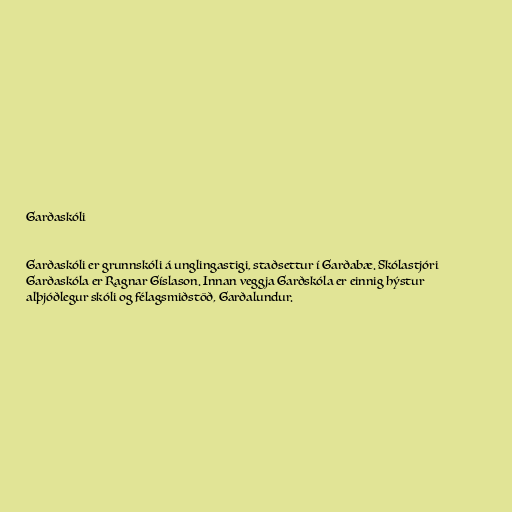
Garðaskóli

Garðaskóli er grunnskóli á unglingastigi, staðsettur í Garðabæ. Skólastjóri
Garðaskóla er Ragnar Gíslason. Innan veggja Garðskóla er einnig hýstur
alþjóðlegur skóli og félagsmiðstöð, Garðalundur.